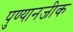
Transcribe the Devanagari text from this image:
पुण्यानजीक